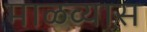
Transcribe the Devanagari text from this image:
माळव्यास